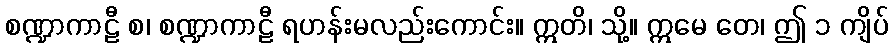
စဏ္ဍာကာဠီ စ၊ စဏ္ဍာကာဠီ ရဟန်းမလည်းကောင်း။ ဣတိ၊ သို့။ ဣမေ တေ၊ ဤ ၁ ကျိပ်